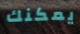
يمكنك